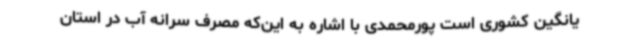
یانگین کشوری است پورمحمدی با اشاره به این‌که مصرف سرانه آب در استان